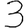
Digit: 3